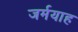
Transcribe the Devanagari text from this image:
जर्मयाह